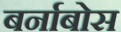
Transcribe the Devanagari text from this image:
बर्नाबोस